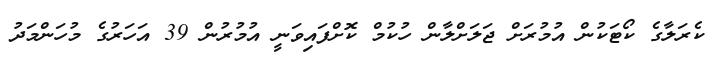
ކެރަލާގެ ކޯޓަކުން އުމުރަށް ޖަލަށްލާން ހުކުމް ކޮށްފައިވަނީ އުމުރުން 39 އަހަރުގެ މުހަންމަދު